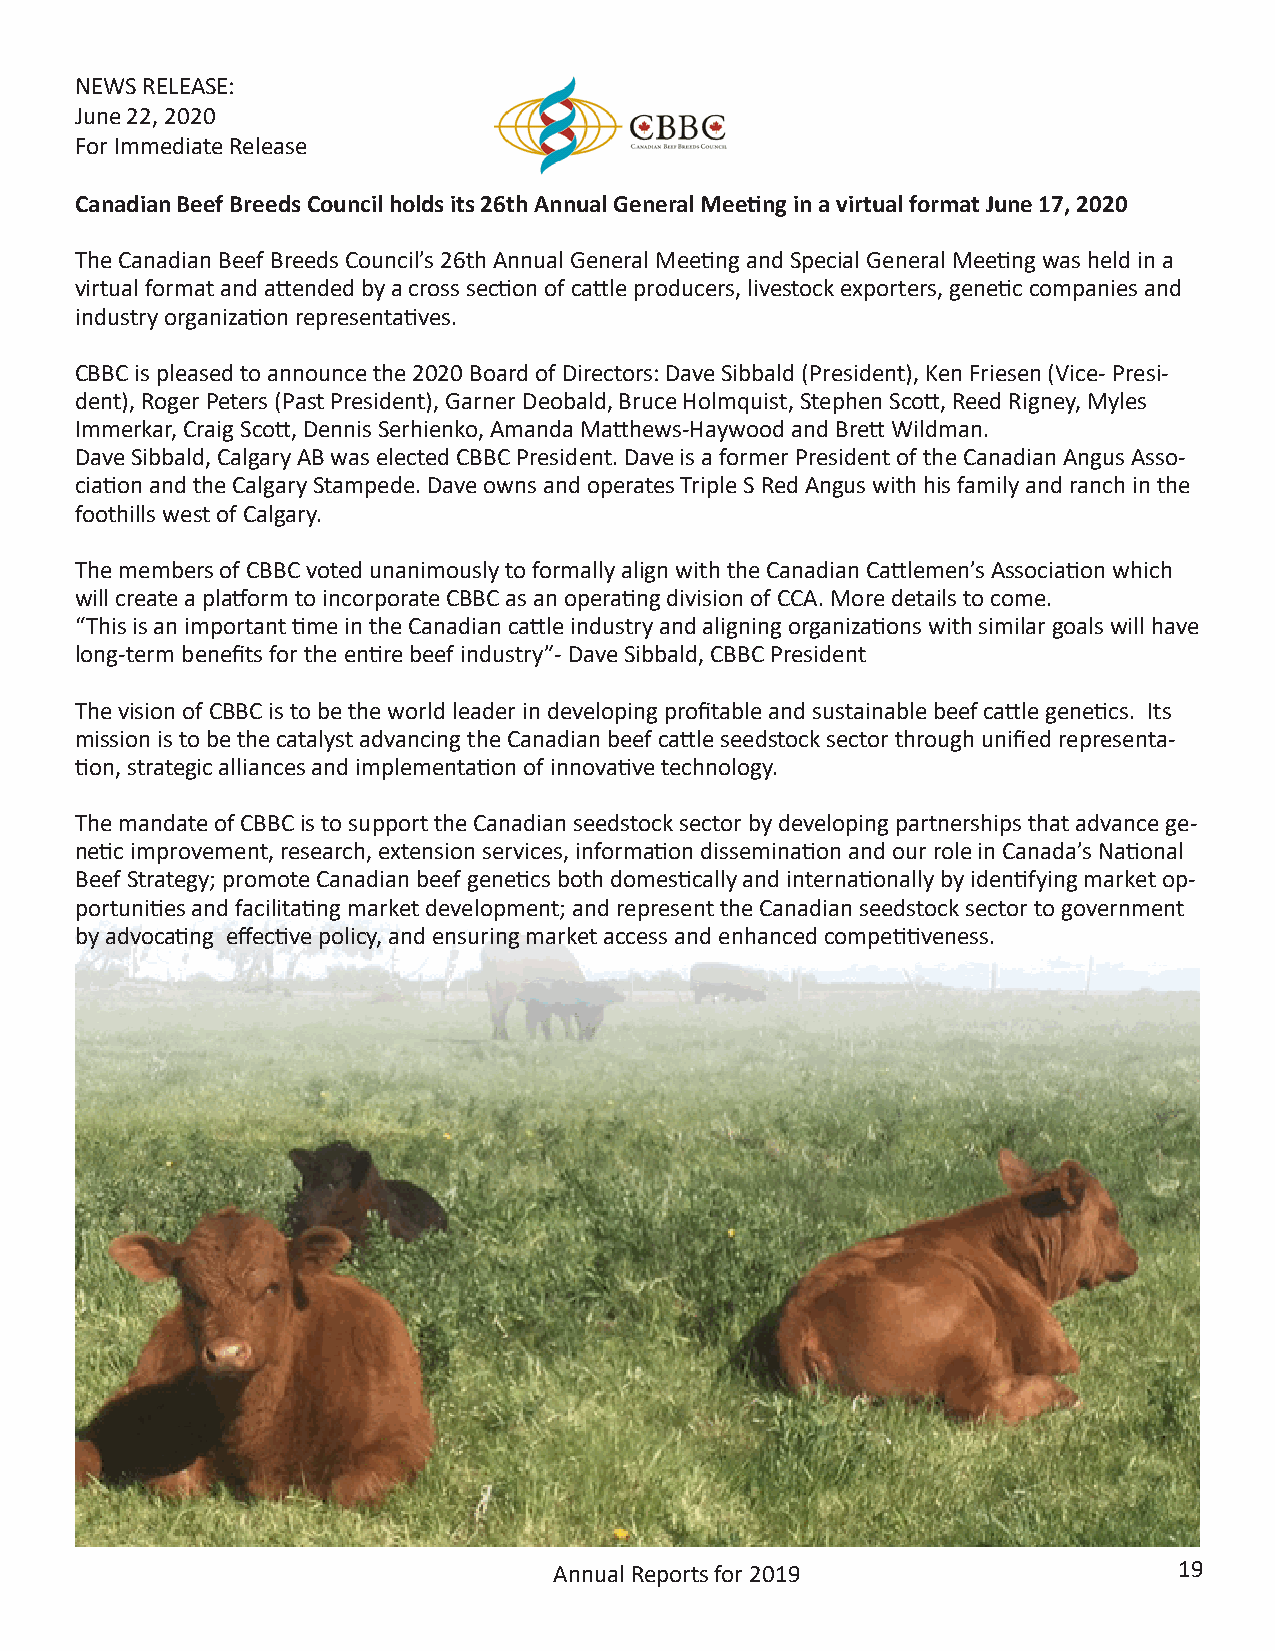
NEWS RELEASE:
 June 22, 2020
 For Immediate Release
 Canadian Beef Breeds Council holds its 26th Annual General Meeting in a virtual format June 17, 2020
 The Canadian Beef Breeds Council’s 26th Annual General Meeting and Special General Meeting was held in a
 virtual format and attended by a cross section of cattle producers, livestock exporters, genetic companies and
 industry organization representatives.
 CBBC is pleased to announce the 2020 Board of Directors: Dave Sibbald (President), Ken Friesen (Vice- Presi-
 dent), Roger Peters (Past President), Garner Deobald, Bruce Holmquist, Stephen Scott, Reed Rigney, Myles
 Immerkar, Craig Scott, Dennis Serhienko, Amanda Matthews-Haywood and Brett Wildman.
 Dave Sibbald, Calgary AB was elected CBBC President. Dave is a former President of the Canadian Angus Asso-
 ciation and the Calgary Stampede. Dave owns and operates Triple S Red Angus with his family and ranch in the
 foothills west of Calgary.
 The members of CBBC voted unanimously to formally align with the Canadian Cattlemen’s Association which
 will create a platform to incorporate CBBC as an operating division of CCA. More details to come.
 “This is an important time in the Canadian cattle industry and aligning organizations with similar goals will have
 long-term benefits for the entire beef industry”- Dave Sibbald, CBBC President
 The vision of CBBC is to be the world leader in developing profitable and sustainable beef cattle genetics. Its
 mission is to be the catalyst advancing the Canadian beef cattle seedstock sector through unified representa-
 tion, strategic alliances and implementation of innovative technology.
 The mandate of CBBC is to support the Canadian seedstock sector by developing partnerships that advance ge-
 netic improvement, research, extension services, information dissemination and our role in Canada’s National
 Beef Strategy; promote Canadian beef genetics both domestically and internationally by identifying market op-
 portunities and facilitating market development; and represent the Canadian seedstock sector to government
 by advocating effective policy, and ensuring market access and enhanced competitiveness.
 Annual Reports for 2019                  19